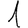
Digit: 1